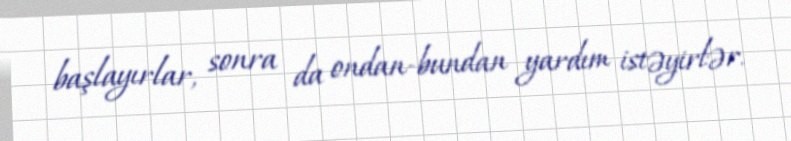
başlayırlar, sonra da ondan-bundan yardım istəyirlər.